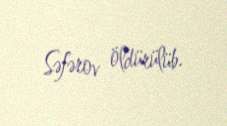
Səfərov öldürülüb.